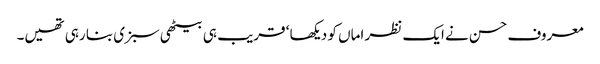
معروف حسن نے ایک نظر اماں کو دیکھا ‘ قریب ہی بیٹھی سبزی بنا رہی تھیں۔